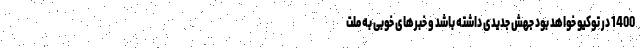
1400 در توکیو خواهد بود جهش جدیدی داشته باشد و خبرهای خوبی به ملت